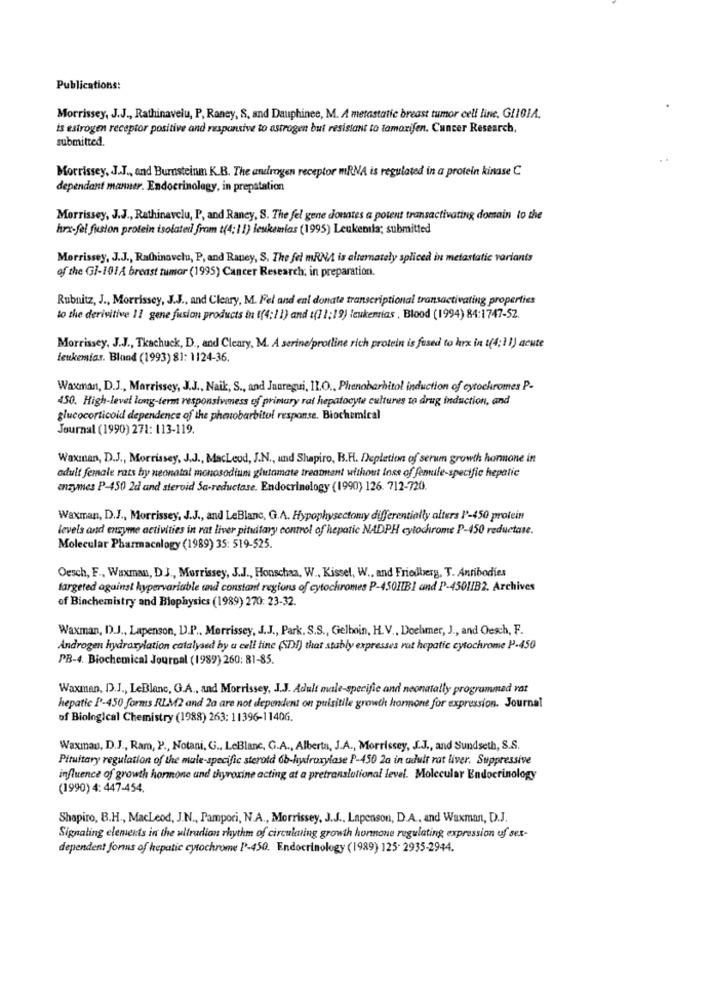
Publications:
Morrissey, J.J ., Rathinavelu, P, Raney, S, and Dauphinee, M. A metastatic breast tumor cell line. GIOIA.
is estrogen receptor positive and responsive to astrogen but resistant to tamoxifen. Cancer Research.
submitted.
Morrissey, J.J ., and Burnsteinm K.B. The androgen receptor mRNA is regulated in a protein kinase C
dependant manner. Endocrinology, in prepstation
Morrissey, J.J ., Rathinavclu, P, and Raney, S. The fel gene donates a potent transactivating domain to the
hrs-fel fusion protein isolated from t(4; 1 1) leukemias (1995) Leukenila; submitted
Morrissey, J.J ., Radhinovelu, P, and Rapey, S. The fel mRNA is alternately spliced in metastatic variants
of the GI-101A breast tumor (1995) Cancer Research, in preparation.
Rubnitz, J ., Morrissey, J.J ., and Cleary, M. Fel and eni donate transcriptional transactivating properties
to the derivitive 11 gene fusion products in ((4:1 1) and :(11:19) leukemias , Blood (1994) 84:1747-52.
Morrissey, J.J ., Tkachuck, D ., and Cleary, M. A serine/protline rich protein is fused to hrx in t(4;11) acute
leukemias. Bland (1993) 81: 1124-36.
Waxman, D.J ., Morrissey, J.J ., Naik, S ., and Jauregui, IL.O ., Phenobarbital induction of cytochromes P-
450. High-level long-term responsiveness of primary rat hepatocyte cultures to drug induction, and
glucocorticoid dependence of the phenobarbital response. Biochemical
Journal (1990) 271: 113-119.
Waxman, D.J ., Morrissey, J.J ., MacLeod, J.N ., and Shapiro, B.F. Depletion of serum growth honnone in
adult femnale rats by neonatal monosodium glutamate treatment without loss of fenile-specific hepatic
enzymes P-450 2d and steroid Sa-reductase. Endocrinology (1990) 126. 712-720.
Waxman, D.J ., Morrissey, J.J ., and LeBlanc, G.A. Hypophysectomy differentially alters 1-450 protein
levels and enzyme activities in rat liver pituitary control of hepatic NADPH cytochrome P-450 reductase.
Molecular Pharmacology (1989) 35: 519-525.
Oesch, F ., Waxman, D J ., Morrissey, J.J ., Honschaa, W ., Kissel, W ., and Friedberg, T. Antibodies
fargeted against hypervariable and constant regions of cytochromes P-450HIBI and P-450HIB2. Archives
of Binchemistry and Biophysics (1989) 270: 23-32.
Waxman, D.J ., Lapenson, D.P ., Morrissey, J.J ., Park, S.S ., Gelboin, H.V ., Doelmer, J ., and Oesch, F.
Androgen hydroxylation catalysed by a cell line (SDI) that stably expresses rat hepatic cytochrome P-450
PB-4. Biochemical Journal (1989) 260: 81-85.
Waxman, D.J ., LeBlanc, G.A ., and Morrissey, J.J. Adult male-specific and neonatally programmad rat
hepatic P-450 forms RLM2 and 2a are not dependent on puisitile growth hormone for expression. Journal
of Biological Chemistry (1988) 263: 11396-1140G.
Waxman, D.J ., Ram, P ., Notani, G ., LeBlanc, G.A ., Alberta, J.A ., Morrissey, J.J ., and Sundseth, S.S.
Pituitary regulation of the male-specific sterold ob-hydroxylase P-450 2a in adult rat liver. Suppressive
influence of growth hormone and thyroxine acting at a pretranslational level. Molecular Endocrinology
(1990) 4: 447-454.
Shapiro, B.H ., MacLeod, J.N ., Pampori, N.A ., Morrissey, J.J ., Lapenson, D.A ., and Waxman, D.J.
Signaling elements in the ultradian rhythm of circulating growth hormone regulating expression of sex-
dependent forms of hepatic cytochrome P-450. Endocrinology (1989) 125- 2935-2944.